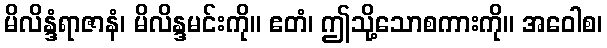
မိလိန္ဒံရာဇာနံ၊ မိလိန္ဒမင်းကို။ ဧတံ၊ ဤသို့သောစကားကို။ အဝေါစ၊